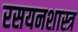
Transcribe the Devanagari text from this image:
रसयनशास्त्र